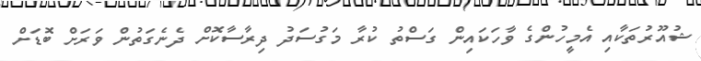
ޝުއޫރުތަކާއި އެމީހުންގެ ވާހަކައިން ގަސްތު ކުރާ މަގުސަދު ދިރާސާކޮށް ދެނެގަތުން ވަރަށް ބޮޑަށް